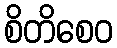
စိတိစေဝ